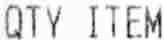
QTY ITEM